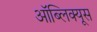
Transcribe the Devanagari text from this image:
ऑब्लिक्यूस